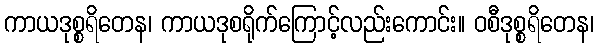
ကာယဒုစ္စရိတေန၊ ကာယဒုစရိုက်ကြောင့်လည်းကောင်း။ ဝစီဒုစ္စရိတေန၊